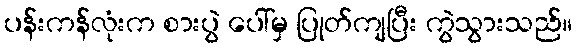
ပန်းကန်လုံးက စားပွဲ ပေါ်မှ ပြုတ်ကျပြီး ကွဲသွားသည်။